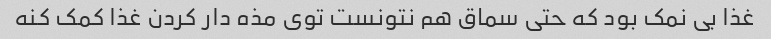
غذا بی نمک بود که حتی سماق هم نتونست توی مذه دار کردن غذا کمک کنه